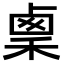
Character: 𥟫